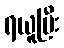
ရယူပြီး